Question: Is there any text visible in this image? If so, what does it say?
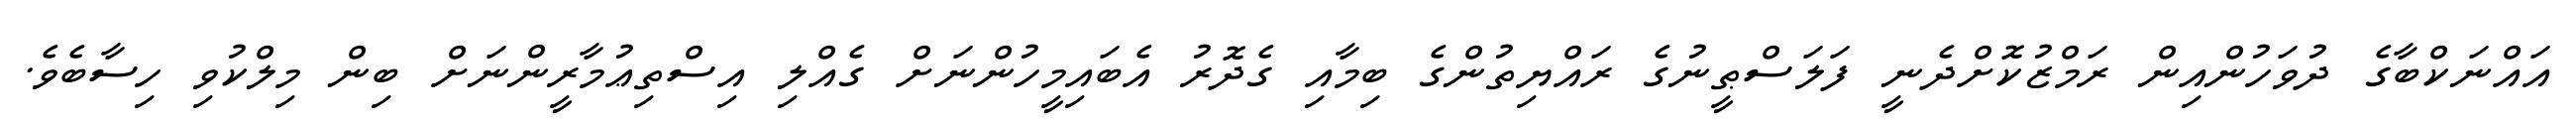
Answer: އައްނަކްބާގެ ދުވަހުންއިން ރަމްޒުކޮށްދެނީ ފަލަސްޠީނުގެ ރައްޔިތުންގެ ބިމާއި ގެދޮރު އެބައިމީހުންނަށް ގެއްލި އިސްތިޢުމާރީންނަށް ބިން މިލްކުވި ހިސާބެވެ.